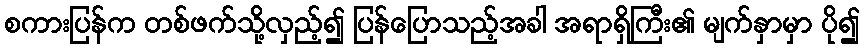
စကားပြန်က တစ်ဖက်သို့လှည့်၍ ပြန်ပြောသည့်အခါ အရာရှိကြီး၏ မျက်နှာမှာ ပို၍